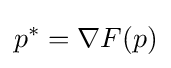
p^{*}=\nabla F(p)